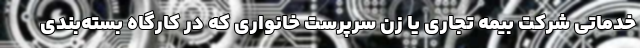
خدماتی شرکت بیمه تجاری یا زن سرپرست خانواری که در کارگاه بسته‌بندی